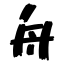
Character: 舟